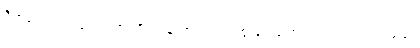
ဝိတက္ကော၊ သည်။ လဟုပရိကပ္ပနတာယ၊ လျင်စွာရွှေ့ပြောင်း၍ ကြံတတ်သည်၏